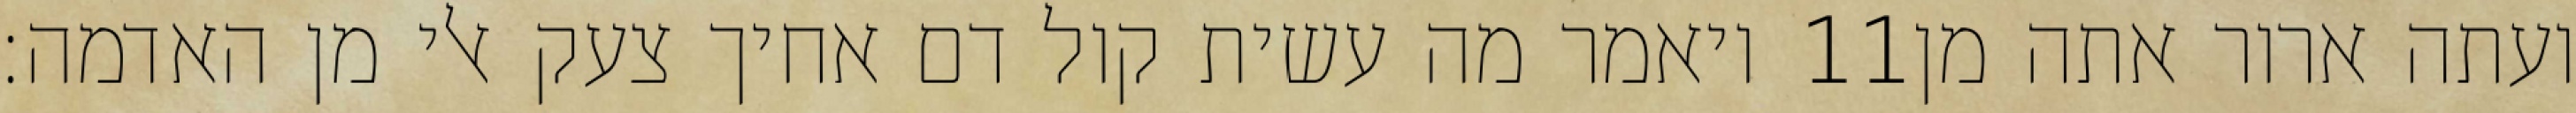
ויאמר מה עשית קול דם אחיך צעק אלי מן האדמה׃ ‎11‏ ועתה ארור אתה מן